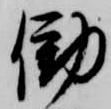
働